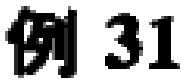
例 31